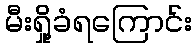
မီးရှို့ခံရကြောင်း